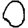
Digit: 0